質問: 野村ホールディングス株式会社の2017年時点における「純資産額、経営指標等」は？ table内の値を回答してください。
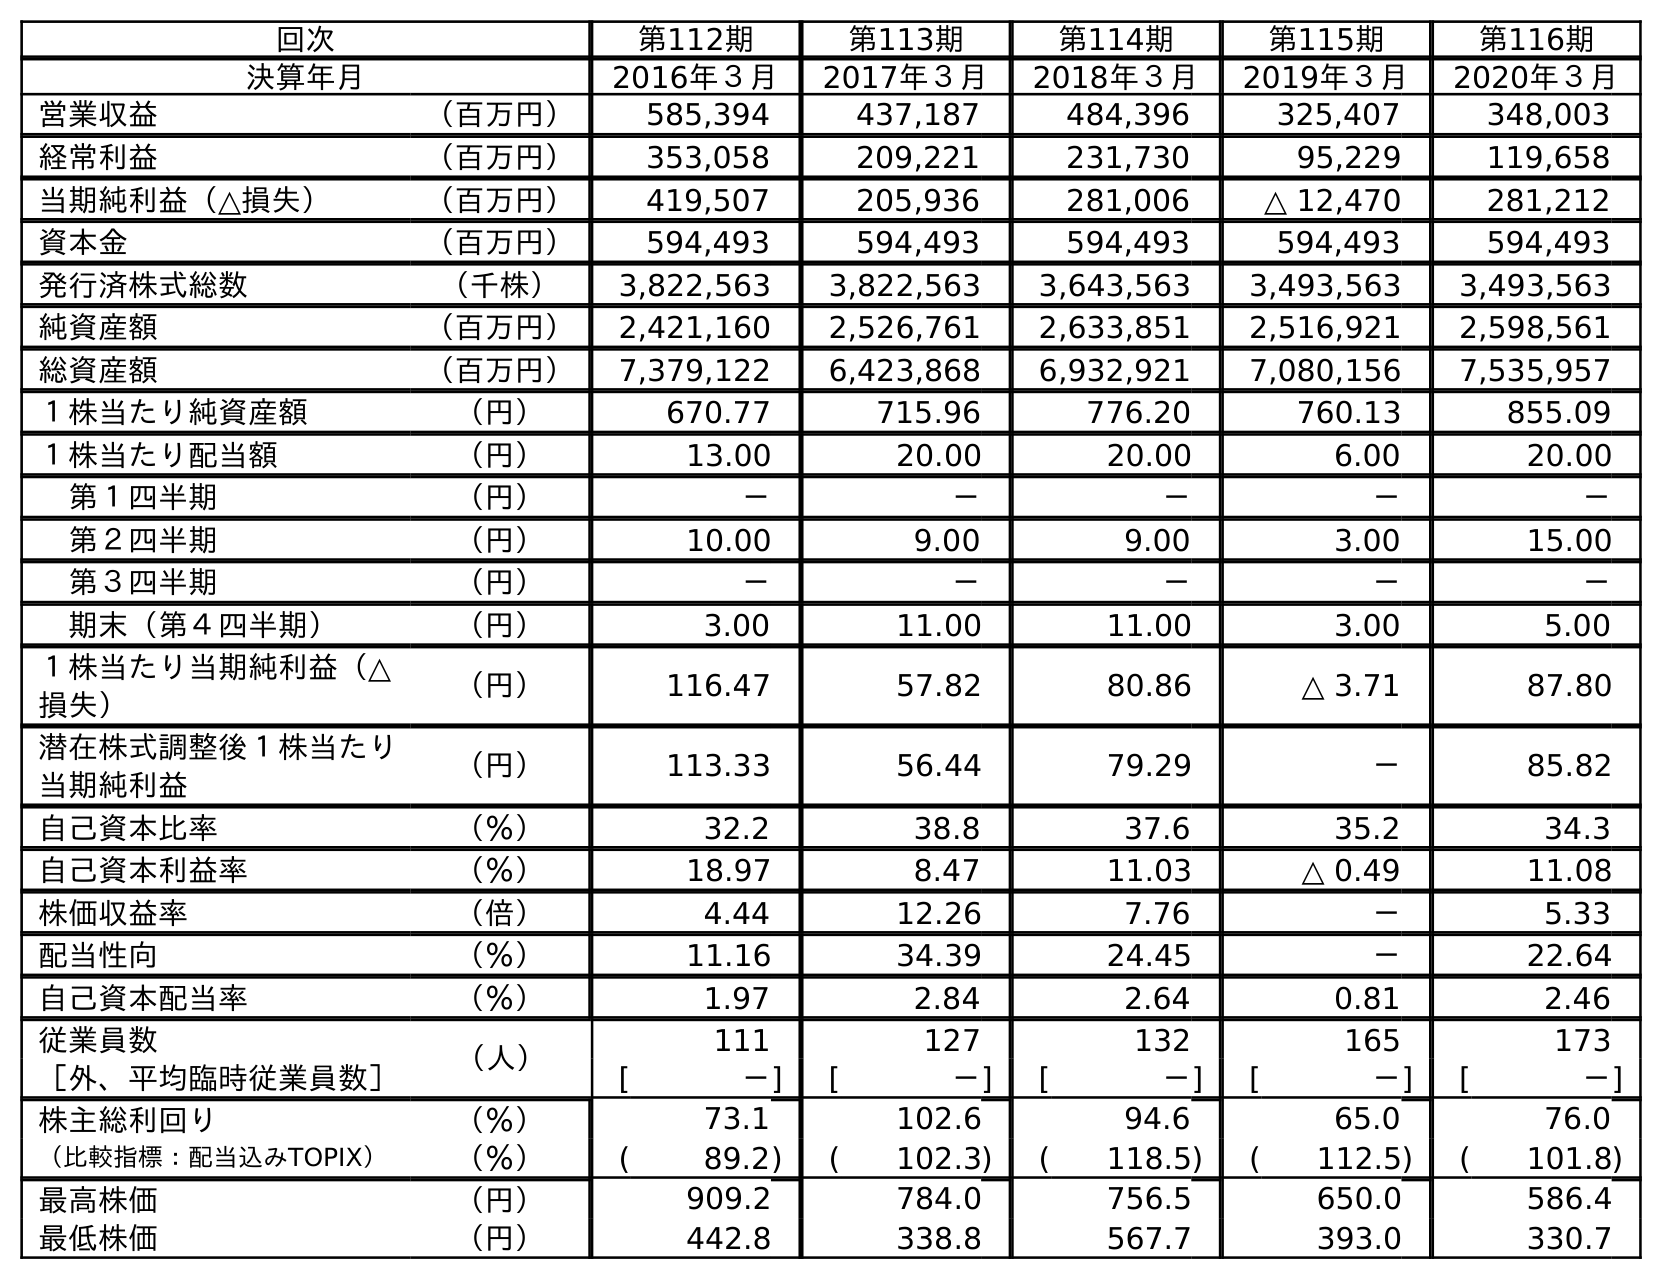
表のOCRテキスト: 回次 第112期 第113期 第114期 第115期 第116期 決算年月 2016年３月 2017年３月 2018年３月 2019年３月 2020年３月 営業収益 （百万円） 585,394 437,187 484,396 325,407 348,003 経常利益 （百万円） 353,058 209,221 231,730 95,229 119,658 当期純利益（△損失） （百万円） 419,507 205,936 281,006 △ 12,470 281,212 資本金 （百万円） 594,493 594,493 594,493 594,493 594,493 発行済株式総数 （千株） 3,822,563 3,822,563 3,643,563 3,493,563 3,493,563 純資産額 （百万円） 2,421,160 2,526,761 2,633,851 2,516,921 2,598,561 総資産額 （百万円） 7,379,122 6,423,868 6,932,921 7,080,156 7,535,957 １株当たり純資産額 （円） 670.77 715.96 776.20 760.13 855.09 １株当たり配当額 （円） 13.00 20.00 20.00 6.00 20.00 第１四半期 （円） － － － － － 第２四半期 （円） 10.00 9.00 9.00 3.00 15.00 第３四半期 （円） － － － － － 期末（第４四半期） （円） 3.00 11.00 11.00 3.00 5.00 １株当たり当期純利益（△ 損失） （円） 116.47 57.82 80.86 △ 3.71 87.80 潜在株式調整後１株当たり 当期純利益 （円） 113.33 56.44 79.29 － 85.82 自己資本比率 （％） 32.2 38.8 37.6 35.2 34.3 自己資本利益率 （％） 18.97 8.47 11.03 △ 0.49 11.08 株価収益率 （倍） 4.44 12.26 7.76 － 5.33 配当性向 （％） 11.16 34.39 24.45 － 22.64 自己資本配当率 （％） 1.97 2.84 2.64 0.81 2.46 従業員数 （人） 111 127 132 165 173 ［外、平均臨時従業員数］ [ －] [ －] [ －] [ －] [ －] 株主総利回り （％） 73.1 102.6 94.6 65.0 76.0 （比較指標：配当込みTOPIX） （％） ( 89.2) ( 102.3) ( 118.5) ( 112.5) ( 101.8) 最高株価 （円） 909.2 784.0 756.5 650.0 586.4 最低株価 （円） 442.8 338.8 567.7 393.0 330.7
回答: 2,526,761